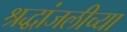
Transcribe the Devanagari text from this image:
श्रद्धांजलीच्या